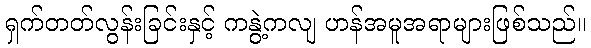
ရှက်တတ်လွန်းခြင်းနှင့် ကနွဲ့ကလျ ဟန်အမူအရာများဖြစ်သည်။